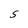
Character: S